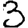
Digit: 3